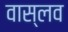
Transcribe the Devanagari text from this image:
वास्लव